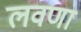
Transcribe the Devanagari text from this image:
लवणा